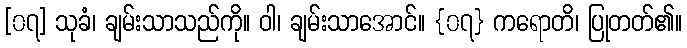
[၀၇] သုခံ၊ ချမ်းသာသည်ကို။ ဝါ၊ ချမ်းသာအောင်။ {၀၇} ကရောတိ၊ ပြုတတ်၏။